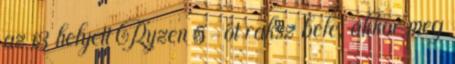
az i3 helyett Ryzen 5-öt raksz bele, akkor meg